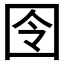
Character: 囹